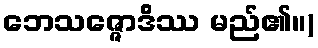
ဘေသဇ္ဇောဒိဿ မည်၏။)